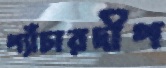
প্যাঁচারদীপ